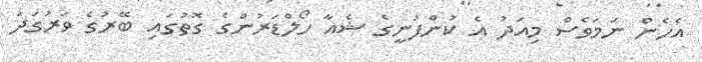
އެހެން ނަމަވެސް މިއަދު އެ ކުންފުނީގެ ޝެއާ ހޯލްޑަރުންގެ ގޮތުގައި ބޭރުގެ ވަރުގަދަ